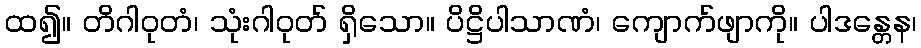
ထ၍။ တိဂါဝုတံ၊ သုံးဂါဝုတ် ရှိသော။ ပိဋ္ဌိပါသာဏံ၊ ကျောက်ဖျာကို။ ပါဒန္တေန၊